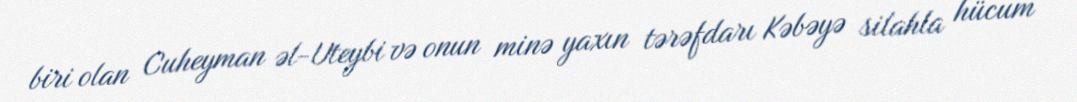
biri olan Cuheyman əl-Uteybi və onun minə yaxın tərəfdarı Kəbəyə silahla hücum